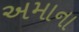
અમાના